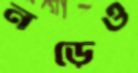
নড়েও